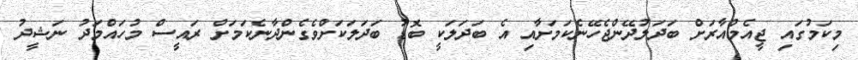
މިކަމުގައި ޖީއެމްއާރަށް ބަދަލުދޭންޖެހޭނެކަމަށާއި އެ ބަދަލަކީ ބޮޑު ބަދަލަކަށްވެގެންދާނެކަމަށް ރައީސް މުހައްމަދު ނަޝީދު